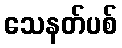
သေနတ်ပစ်